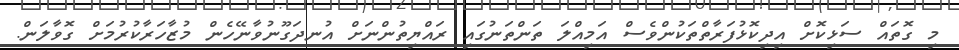
މި ގޮތައް ސަޅިކޮށް އިދިކޮޅުފަރާތްތަކުންވެސް އަމިއްލަ ތަންތަނުގައި ރައްޔިތުންނަށް އުނދަގޫނުވާނޭހެން މުޒާހަރާކުރުމަށް ގޮވާލަން.